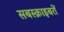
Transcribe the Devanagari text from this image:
सबस्क्राइबरों